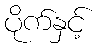
ပိုက်နှင့်